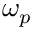
\omega _ { p }